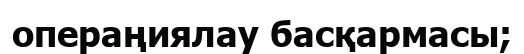
операңиялау басқармасы;